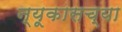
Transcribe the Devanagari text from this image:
न्यूकासच्या